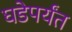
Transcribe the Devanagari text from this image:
घडेपर्यंत